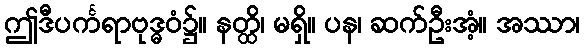
ဤဒီပင်္ကရာဗုဒ္ဓဝံ၌။ နတ္ထိ၊ မရှိ။ ပန၊ ဆက်ဦးအံ့။ အဿာ၊